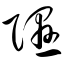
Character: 隰